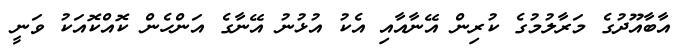
އާބާއޫދުގެ މަރާލުމުގެ ކުރިން އޭނާއާއި އެކު އުޅުނު އޭނާގެ އަންހެން ކޮއްކޮއަކު ވަނީ